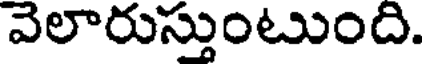
వెలారుస్తుంటుంది.